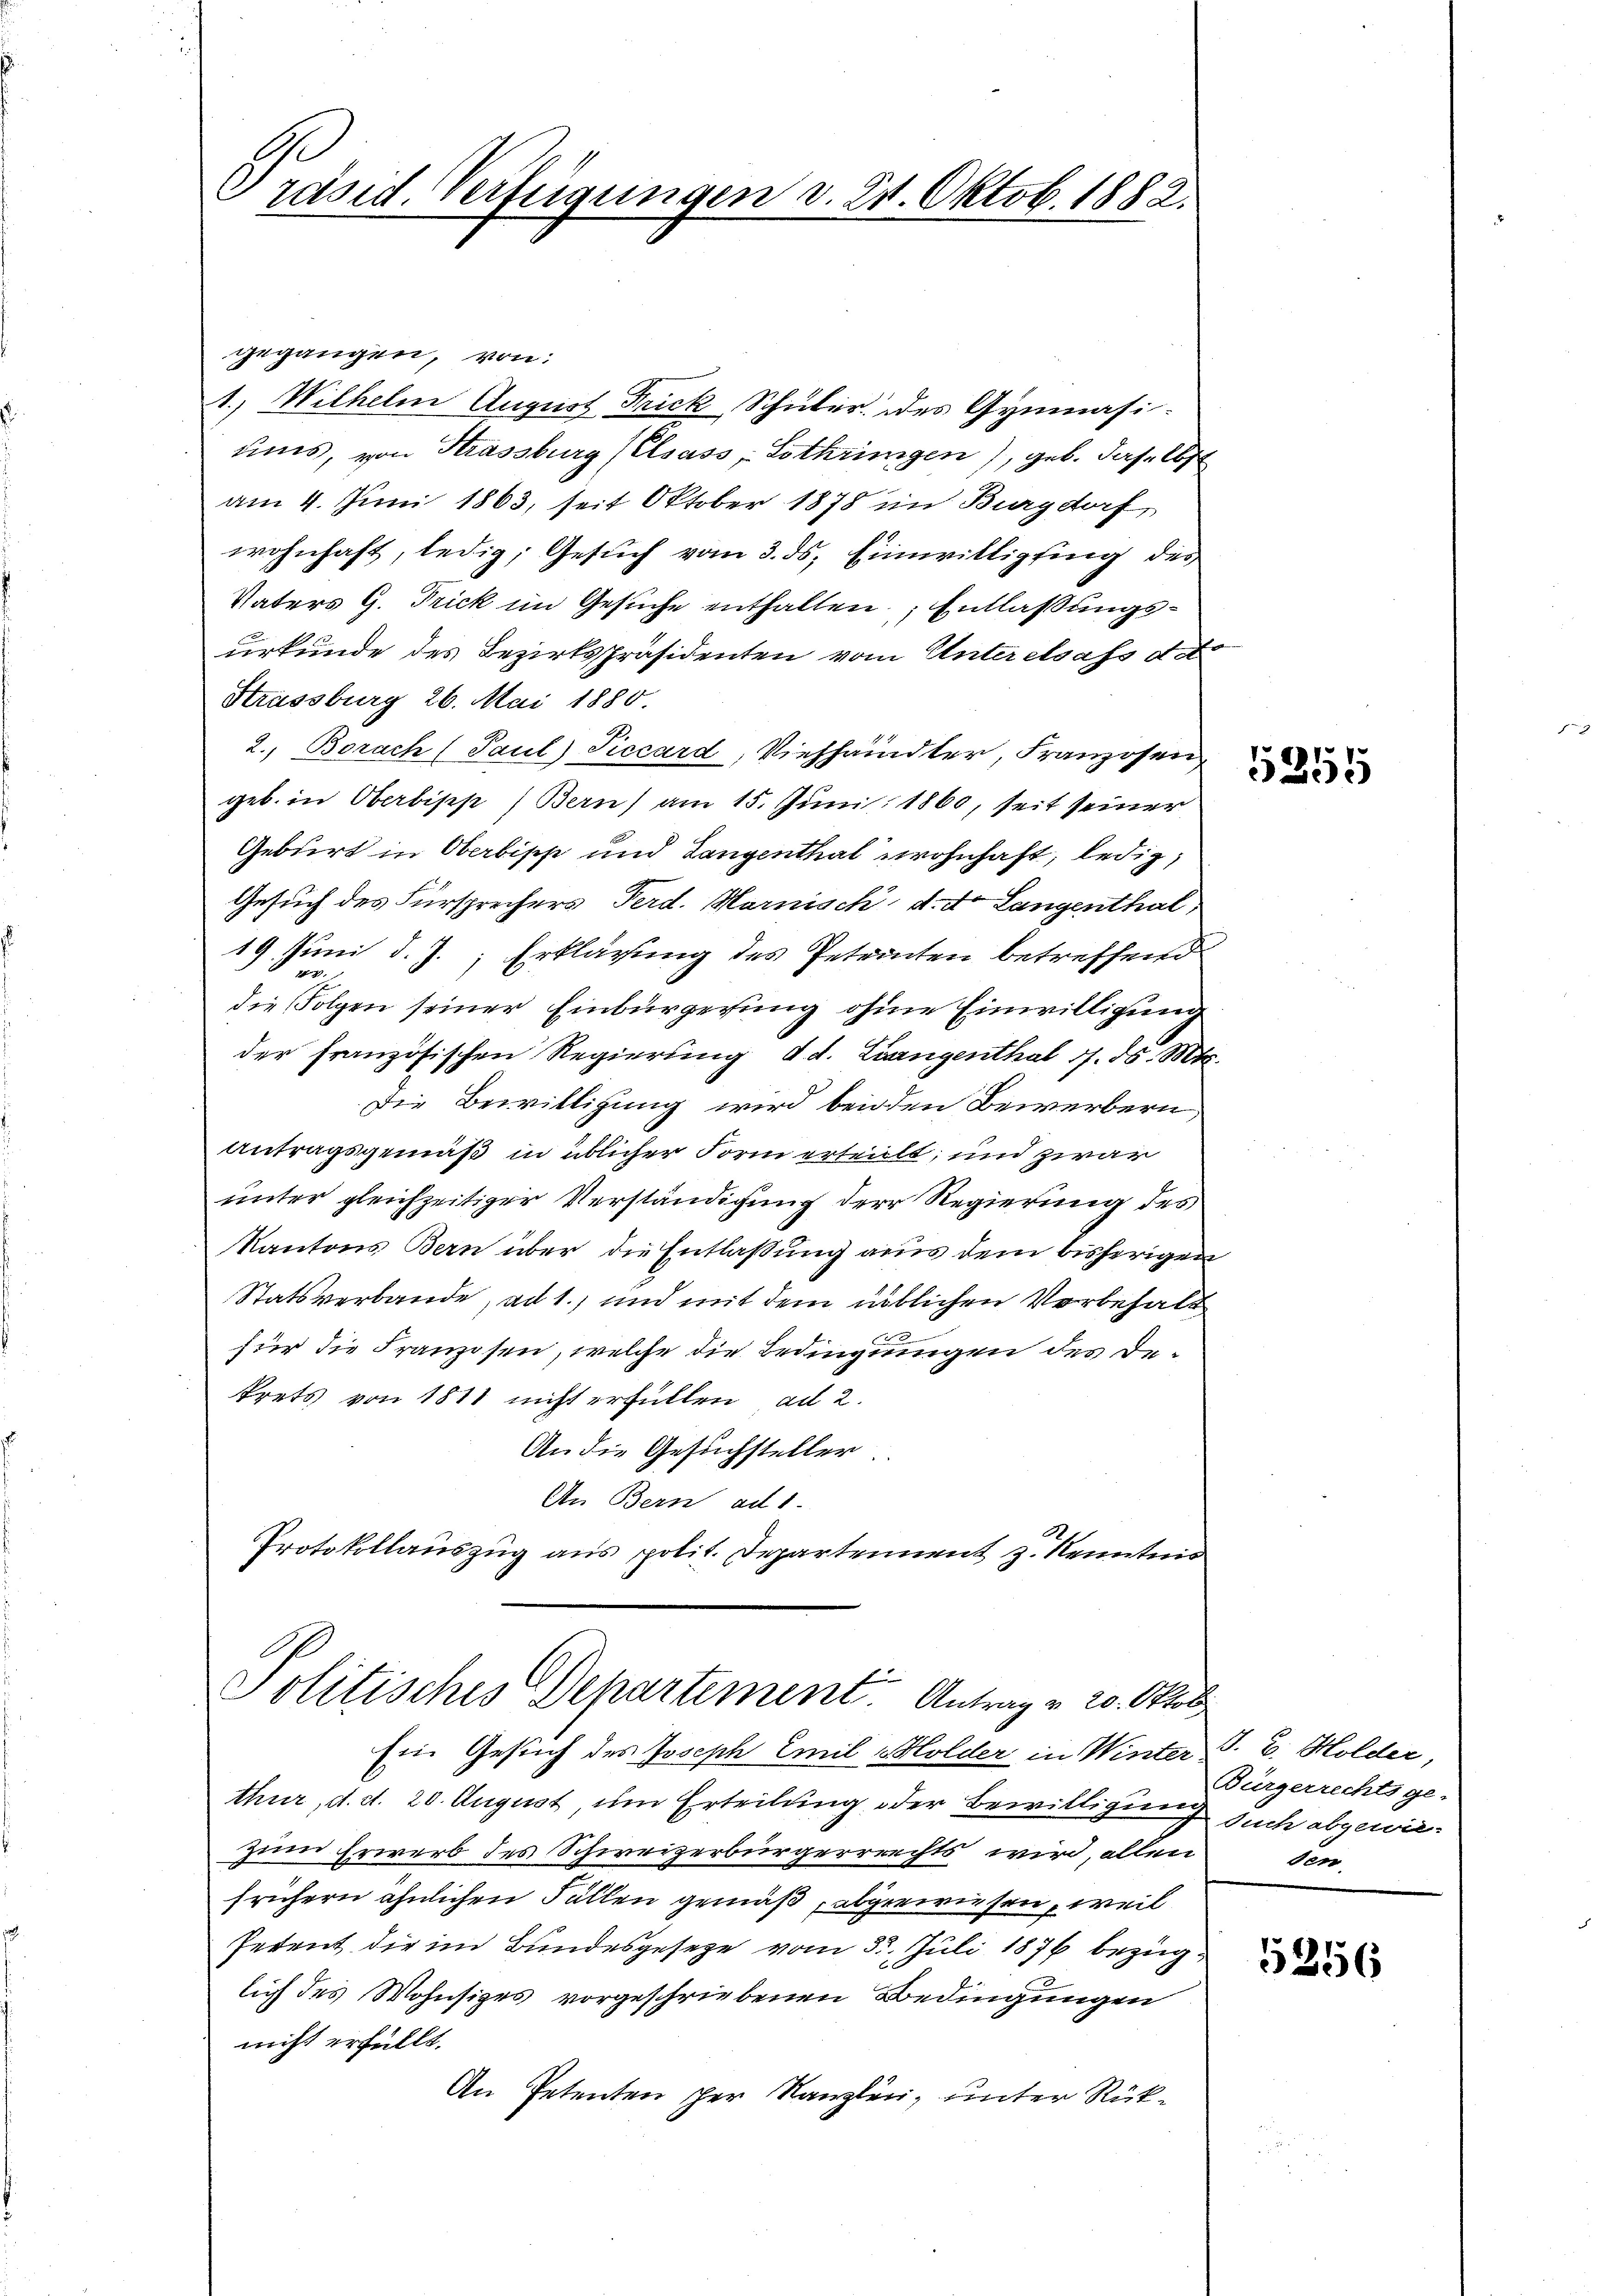
räsid. Verfügungen v. 24. Oktob. 1882.

gegangen, von
1.) Wilhelm August Frick, Schuler. Des Gymnasiums, von Strassburg (Elsass, Lothringen), geb. das 167
am 4. Juni 1863, seit Oktober 1878 im Burgdorf,
wohnhaft, ledig, Gesuch vom 3. ds. Einwilligung des
Vaters G. Frick im Gesuche enthalten Entlaßungsurkunde des Bezirksspräsidenten vom Unteressass deto
Strassburg 26. Mai 1880.
2., Borach (Paul Piccard, Viehhändler, Franzosen
geb. in Oberbipp) Bern) am 15. Juni 1860, seit seiner
Geburt in Oberbipp und Langenthal wohnhaft, ledig,
Gesuch des Fürsprechers Ferd. Marnisch, d. d. Langenthal
19. Juni d. J. Erklärung des Petenten betreffend
27.
die Folgen seiner Einbürgerung ohne Einwilligung
der französischen Regierung d. d. Evangenthal 1. d. Mts.
Die Bewilligung wird beiden Bewerbern,
Antragsgemäß in üblicher Form erteilt, und zwar
unter gleichzeitiger Verständigung der Regierung des
Kantons Bern über die Entlaßung aus dem bisherigen
Statsverbande, ad 1. und mit dem üblichen Vorbehalt
für die Franzosen, welche die Bedingungen des Dekrets von 1811 nicht erfüllen, ad 2.
An die Gesuchsteller
An Bern ad 1.
Protokollauszug aus polit. Departement z. Kenntnis

Politisches Departement. Antrag v. 20. Oktob

Ein Gesuch des Joseph Emil Holder in Winter S. E. Holder,
thur, d. d. 20. August, um Erteilung oder Bewilligung such abgewiezum Erwerb des Schweizerbürgerrrechts wird, allen
frühern ähnlichen Fällen gemäß, abgewiesen, weil
Pedent die im Bundesgesetze vom 31. Juli 1876 bezug
lich des Wohnsizes vorgeschriebenen Bedingungen
nicht erfüllt.
An Petenten der Kanzlei, unter Rück¬

5255

Bürgerrechts ge-
den

5256